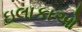
ઇલાકાઓ